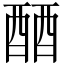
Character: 𬪪